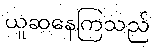
ယူဆနေကြသည်